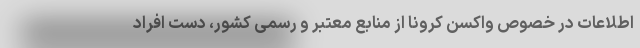
اطلاعات در خصوص واکسن کرونا از منابع معتبر و رسمی کشور، دست افراد